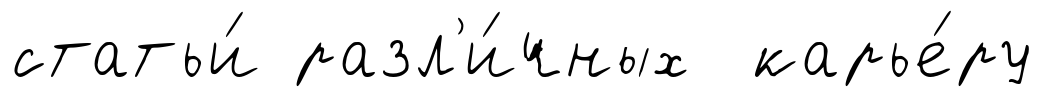
статьи́ разл'и́чных карье́ру